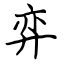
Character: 弈